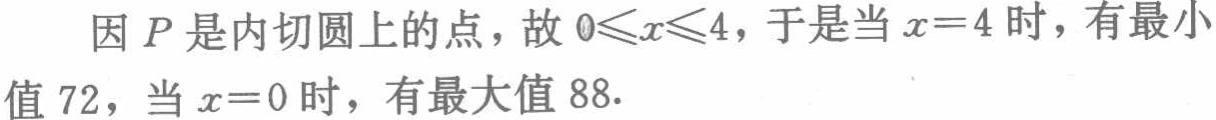
因\(P\)是内切圆上的点，故\(0\leqslant x\leqslant4\)，于是当\(x = 4\)时，有最小值\(72\)，当\(x = 0\)时，有最大值\(88\).